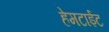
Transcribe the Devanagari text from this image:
हेमटाईट